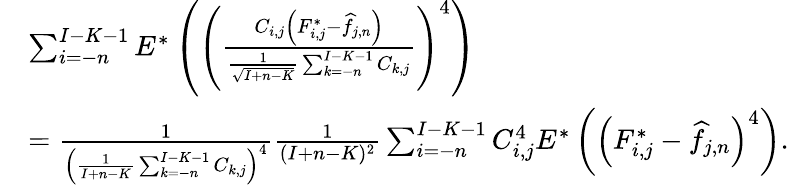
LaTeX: \begin{array}{rl}&{\sum_{i=-n}^{I-K-1}E^{*}\left(\left(\frac{C_{i,j}\left(F_{i,j}^{*}-\widehat f_{j,n}\right)}{\frac{1}{\sqrt{I+n-K}}\sum_{k=-n}^{I-K-1}C_{k,j}}\right)^{4}\right)}\\ &{=\frac{1}{\left(\frac{1}{I+n-K}\sum_{k=-n}^{I-K-1}C_{k,j}\right)^{4}}\frac{1}{(I+n-K)^{2}}\sum_{i=-n}^{I-K-1}C_{i,j}^{4}E^{*}\left(\left(F_{i,j}^{*}-\widehat f_{j,n}\right)^{4}\right).}\end{array}